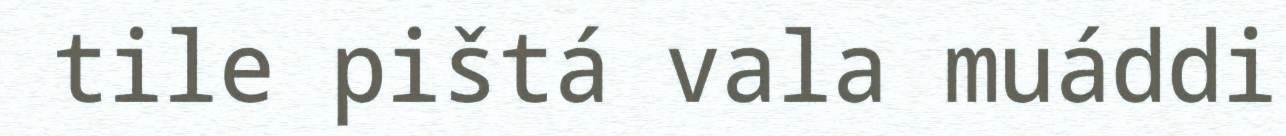
tile pištá vala muáddi